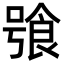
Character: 飸